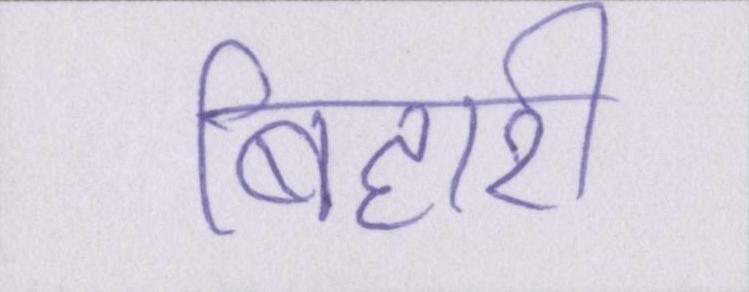
बिहारी